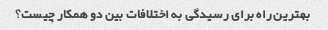
بهترین راه برای رسیدگی به اختلافات بین دو همکار چیست؟